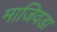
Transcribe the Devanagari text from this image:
माजिवडा